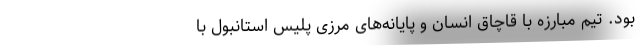
بود. تیم مبارزه با قاچاق انسان و پایانه‌های مرزی پلیس استانبول با